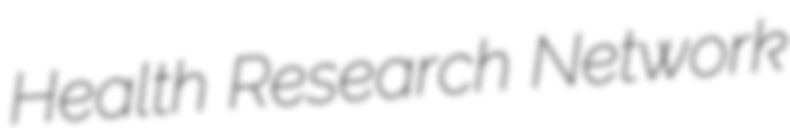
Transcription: Health Research Network